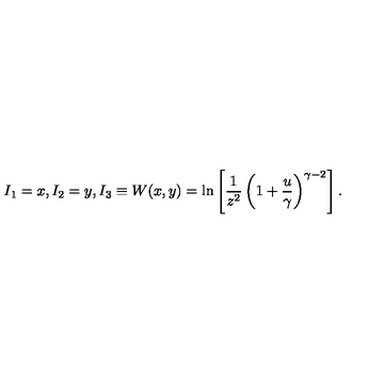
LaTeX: I _ { 1 } = x , I _ { 2 } = y , I _ { 3 } \equiv W ( x , y ) = \ln \left[ { \frac { 1 } { z ^ { 2 } } } \left( 1 + { \frac { u } { \gamma } } \right) ^ { \gamma - 2 } \right] .